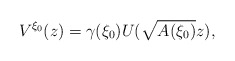
\begin{align*}V^{\xi_{0}}(z)=\gamma(\xi_{0})U(\sqrt{A(\xi_{0})}z),\end{align*}